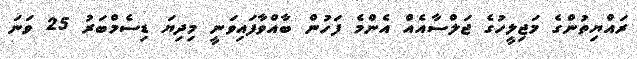
ރައްޔިތުންގެ މަޖިލީހުގެ ޖަލްސާއެއް އެންމެ ފަހުން ބާއްވާފައިވަނީ މިދިޔަ ޑިސެމްބަރު 25 ވަނަ